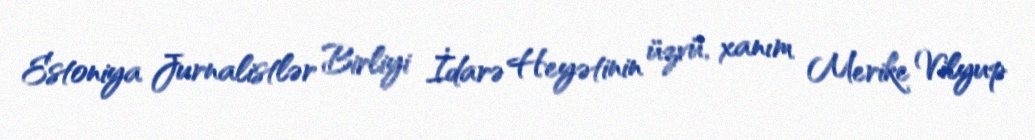
Estoniya Jurnalistlər Birliyi İdarə Heyətinin üzvü, xanım Merike Vilyup